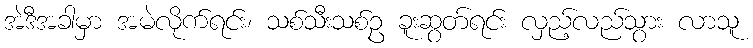
အဲဒီအခါမှာ အမဲလိုက်ရင်း၊ သစ်သီးသစ်ဥ ခူးဆွတ်ရင်း လှည့်လည်သွား လာသူ